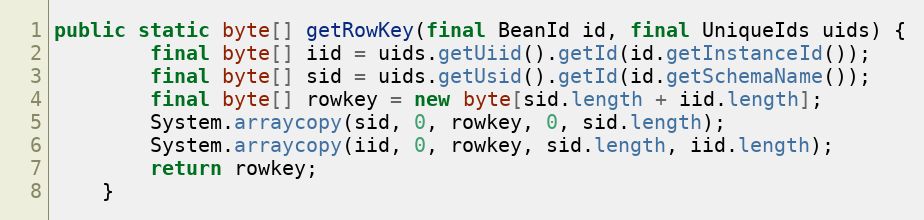
Language: Java
public static byte[] getRowKey(final BeanId id, final UniqueIds uids) {
        final byte[] iid = uids.getUiid().getId(id.getInstanceId());
        final byte[] sid = uids.getUsid().getId(id.getSchemaName());
        final byte[] rowkey = new byte[sid.length + iid.length];
        System.arraycopy(sid, 0, rowkey, 0, sid.length);
        System.arraycopy(iid, 0, rowkey, sid.length, iid.length);
        return rowkey;
    }